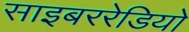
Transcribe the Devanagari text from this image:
साइबररेडियो